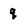
Character: q